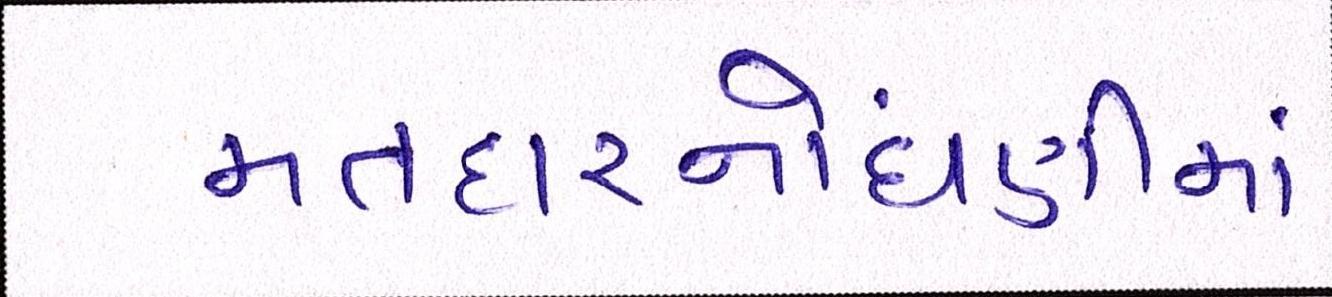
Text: મતદારનોંધણીમાં